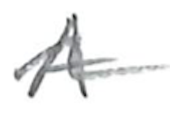
Text: A
Cross-out: wave
Writing tool: pencil